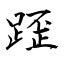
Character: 𨂿